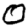
Digit: 0